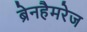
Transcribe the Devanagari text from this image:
ब्रेनहैमरेज